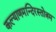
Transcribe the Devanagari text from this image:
कल्याणमन्दिरस्तोत्रम